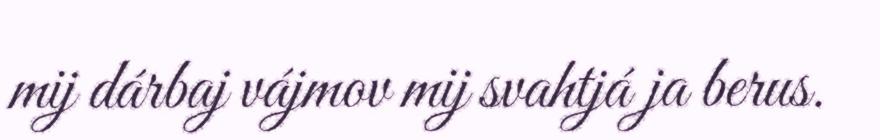
mij dárbaj vájmov mij svahtjá ja berus.